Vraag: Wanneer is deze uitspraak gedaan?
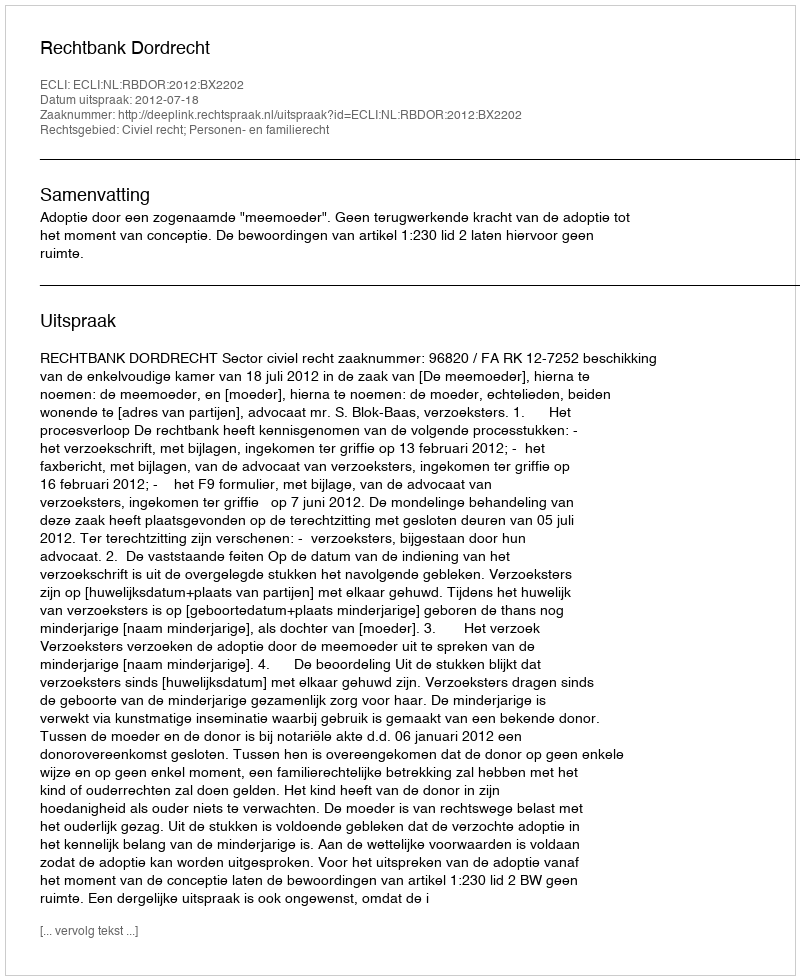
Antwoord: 2012-07-18